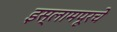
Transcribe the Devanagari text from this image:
इस्लामपूरचे